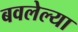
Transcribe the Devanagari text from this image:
बवलेल्या